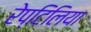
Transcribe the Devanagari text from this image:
रेप्टिलिया